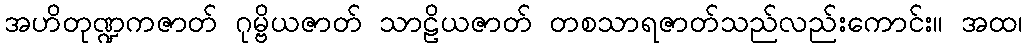
အဟိတုဏ္ဍကဇာတ် ဂုမ္ဗိယဇာတ် သာဠိယဇာတ် တစသာရဇာတ်သည်လည်းကောင်း။ အထ၊